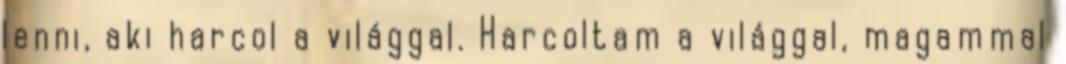
lenni, aki harcol a világgal. Harcoltam a világgal, magammal